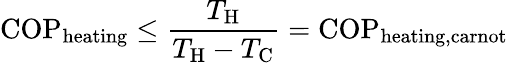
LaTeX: \mathrm{COP}_{\mathrm{heating}}\leq{\frac{T_{\mathrm{{H}}}}{T_{\mathrm{{H}}}-T_{\mathrm{{C}}}}}=\mathrm{COP}_{\mathrm{heating,carnot}}